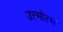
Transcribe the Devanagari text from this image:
उत्त्मोत्त्म